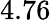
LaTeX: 4.76